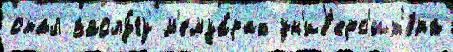
стал заслу́гу м'емуа́рах ун'ив'ерс'ит'е́та